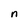
Character: n